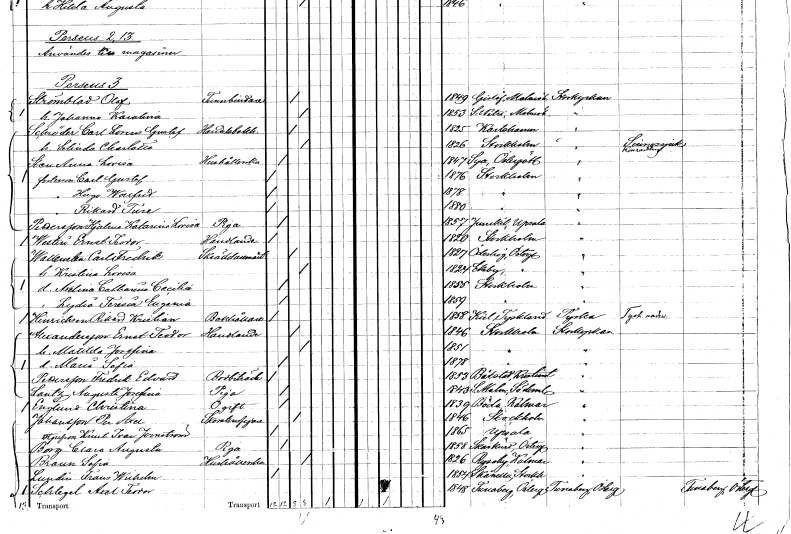
gt_parse: households: individuals: FN: Carl Lorens Gustaf
EN: Schröder
YRKE: Handelsbokhållare
KON: M
CIV: G
FODAR: 1825
FODFORS: Karlshamn Blekinge län
FN: Selina Charlotta
KON: K
CIV: G
FODAR: 1826
FODFORS: Stockholm
FN: Anna Lovisa
EN: Sten
YRKE: Hushållerska
KON: K
CIV: O
FODAR: 1847
FODFORS: Sya Östergötlands län
FN: Carl Gustaf
KON: M
CIV: O
FODAR: 1876
FODFORS: Stockholm
FN: Hugo Walfrid
KON: M
CIV: O
FODAR: 1878
FODFORS: Stockholm
FN: Rikard Ture
KON: M
CIV: O
FODAR: 1880
FODFORS: Stockholm
FN: Hjalina Katarina Lovisa
EN: Pettersson
YRKE: Piga
KON: K
CIV: O
FODAR: 1857
FODFORS: Jumkil Uppsala län
FN: Ernst Teodor
EN: Westin
YRKE: Handlande
KON: M
CIV: O
FODAR: 1820
FODFORS: Stockholm
FN: Carl Fredrik
EN: Wallentin
YRKE: Skräddarmästare
KON: M
CIV: G
FODAR: 1827
FODFORS: Ödeshög Östergötlands län
FN: Kristina Lovisa
KON: K
CIV: G
FODAR: 1824
FODFORS: Ekeby Östergötlands län
FN: Axelina Catharina Cecilia
KON: K
CIV: O
FODAR: 1855
FODFORS: Stockholm
FN: Lydia Teresia Eugenia
KON: K
CIV: O
FODAR: 1859
FODFORS: Stockholm
FN: Rikard Kristian
EN: Henriksen
YRKE: Bokhållare
KON: M
CIV: O
FODAR: 1858
FN: Ernst Teodor
EN: Alexandersson
YRKE: Handlande
KON: M
CIV: G
FODAR: 1846
FODFORS: Stockholm
FN: Matilda Josefina
KON: K
CIV: G
FODAR: 1851
FODFORS: Stockholm
FN: Maria Sofia
KON: K
CIV: O
FODAR: 1878
FODFORS: Stockholm
FN: Fredrik Edvard
EN: Pettersson
YRKE: Bodbiträde
KON: M
CIV: O
FODAR: 1853
FODFORS: Båstad Kristianstads län
FN: Augusta Josefina
EN: Lantz
YRKE: Piga
KON: K
CIV: O
FODAR: 1843
FODFORS: Stora Malm Södermanlands län
FN: Christina
EN: Englund
KON: K
CIV: O
FODAR: 1839
FODFORS: Böda Kalmar län
FN: Per Axel
EN: Johansson
YRKE: Skärslipare
KON: M
CIV: G
FODAR: 1846
FODFORS: Stockholm
FN: Knut Ivar
EN: Jernström
KON: M
CIV: O
FODAR: 1865
FODFORS: Uppsala Uppsala län
FN: Clara Augusta
EN: Borg
YRKE: Piga
KON: K
CIV: O
FODAR: 1858
FODFORS: Skärkind Östergötlands län
FN: Sofia
EN: Braun
YRKE: Hushållerska
KON: K
CIV: O
FODAR: 1826
FODFORS: Ryssby Kalmar län
FN: Frans Wilhelm
EN: Lundin
KON: M
CIV: O
FODAR: 1854
FODFORS: Skånela Stockholms län
FN: Axel Teodor
EN: Schlegel
KON: M
CIV: O
FODAR: 1848
FODFORS: Tunaberg Södermanlands län